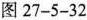
图27-5-32